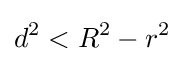
d^{2}<R^{2}-r^{2}